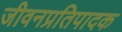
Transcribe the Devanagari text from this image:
जीवनप्रतिपादक